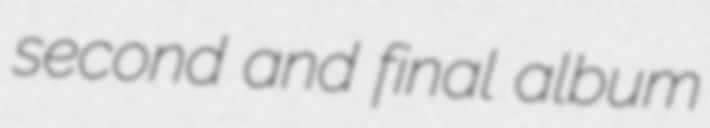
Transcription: second and final album